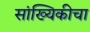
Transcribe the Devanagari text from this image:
सांख्यिकीचा